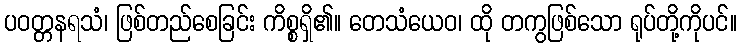
ပဝတ္တနရသံ၊ ဖြစ်တည်စေခြင်း ကိစ္စရှိ၏။ တေသံယေဝ၊ ထို တကွဖြစ်သော ရုပ်တို့ကိုပင်။